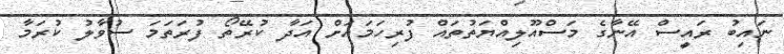
ނައިބު ރައީސް އޭނާގެ މަސްއޫލިއްޔަތުތައް ފުރިހަމައަށް އަދާ ކުރޭތޯ ފުރަތަމަ ސުވާލު ކުރަމާ